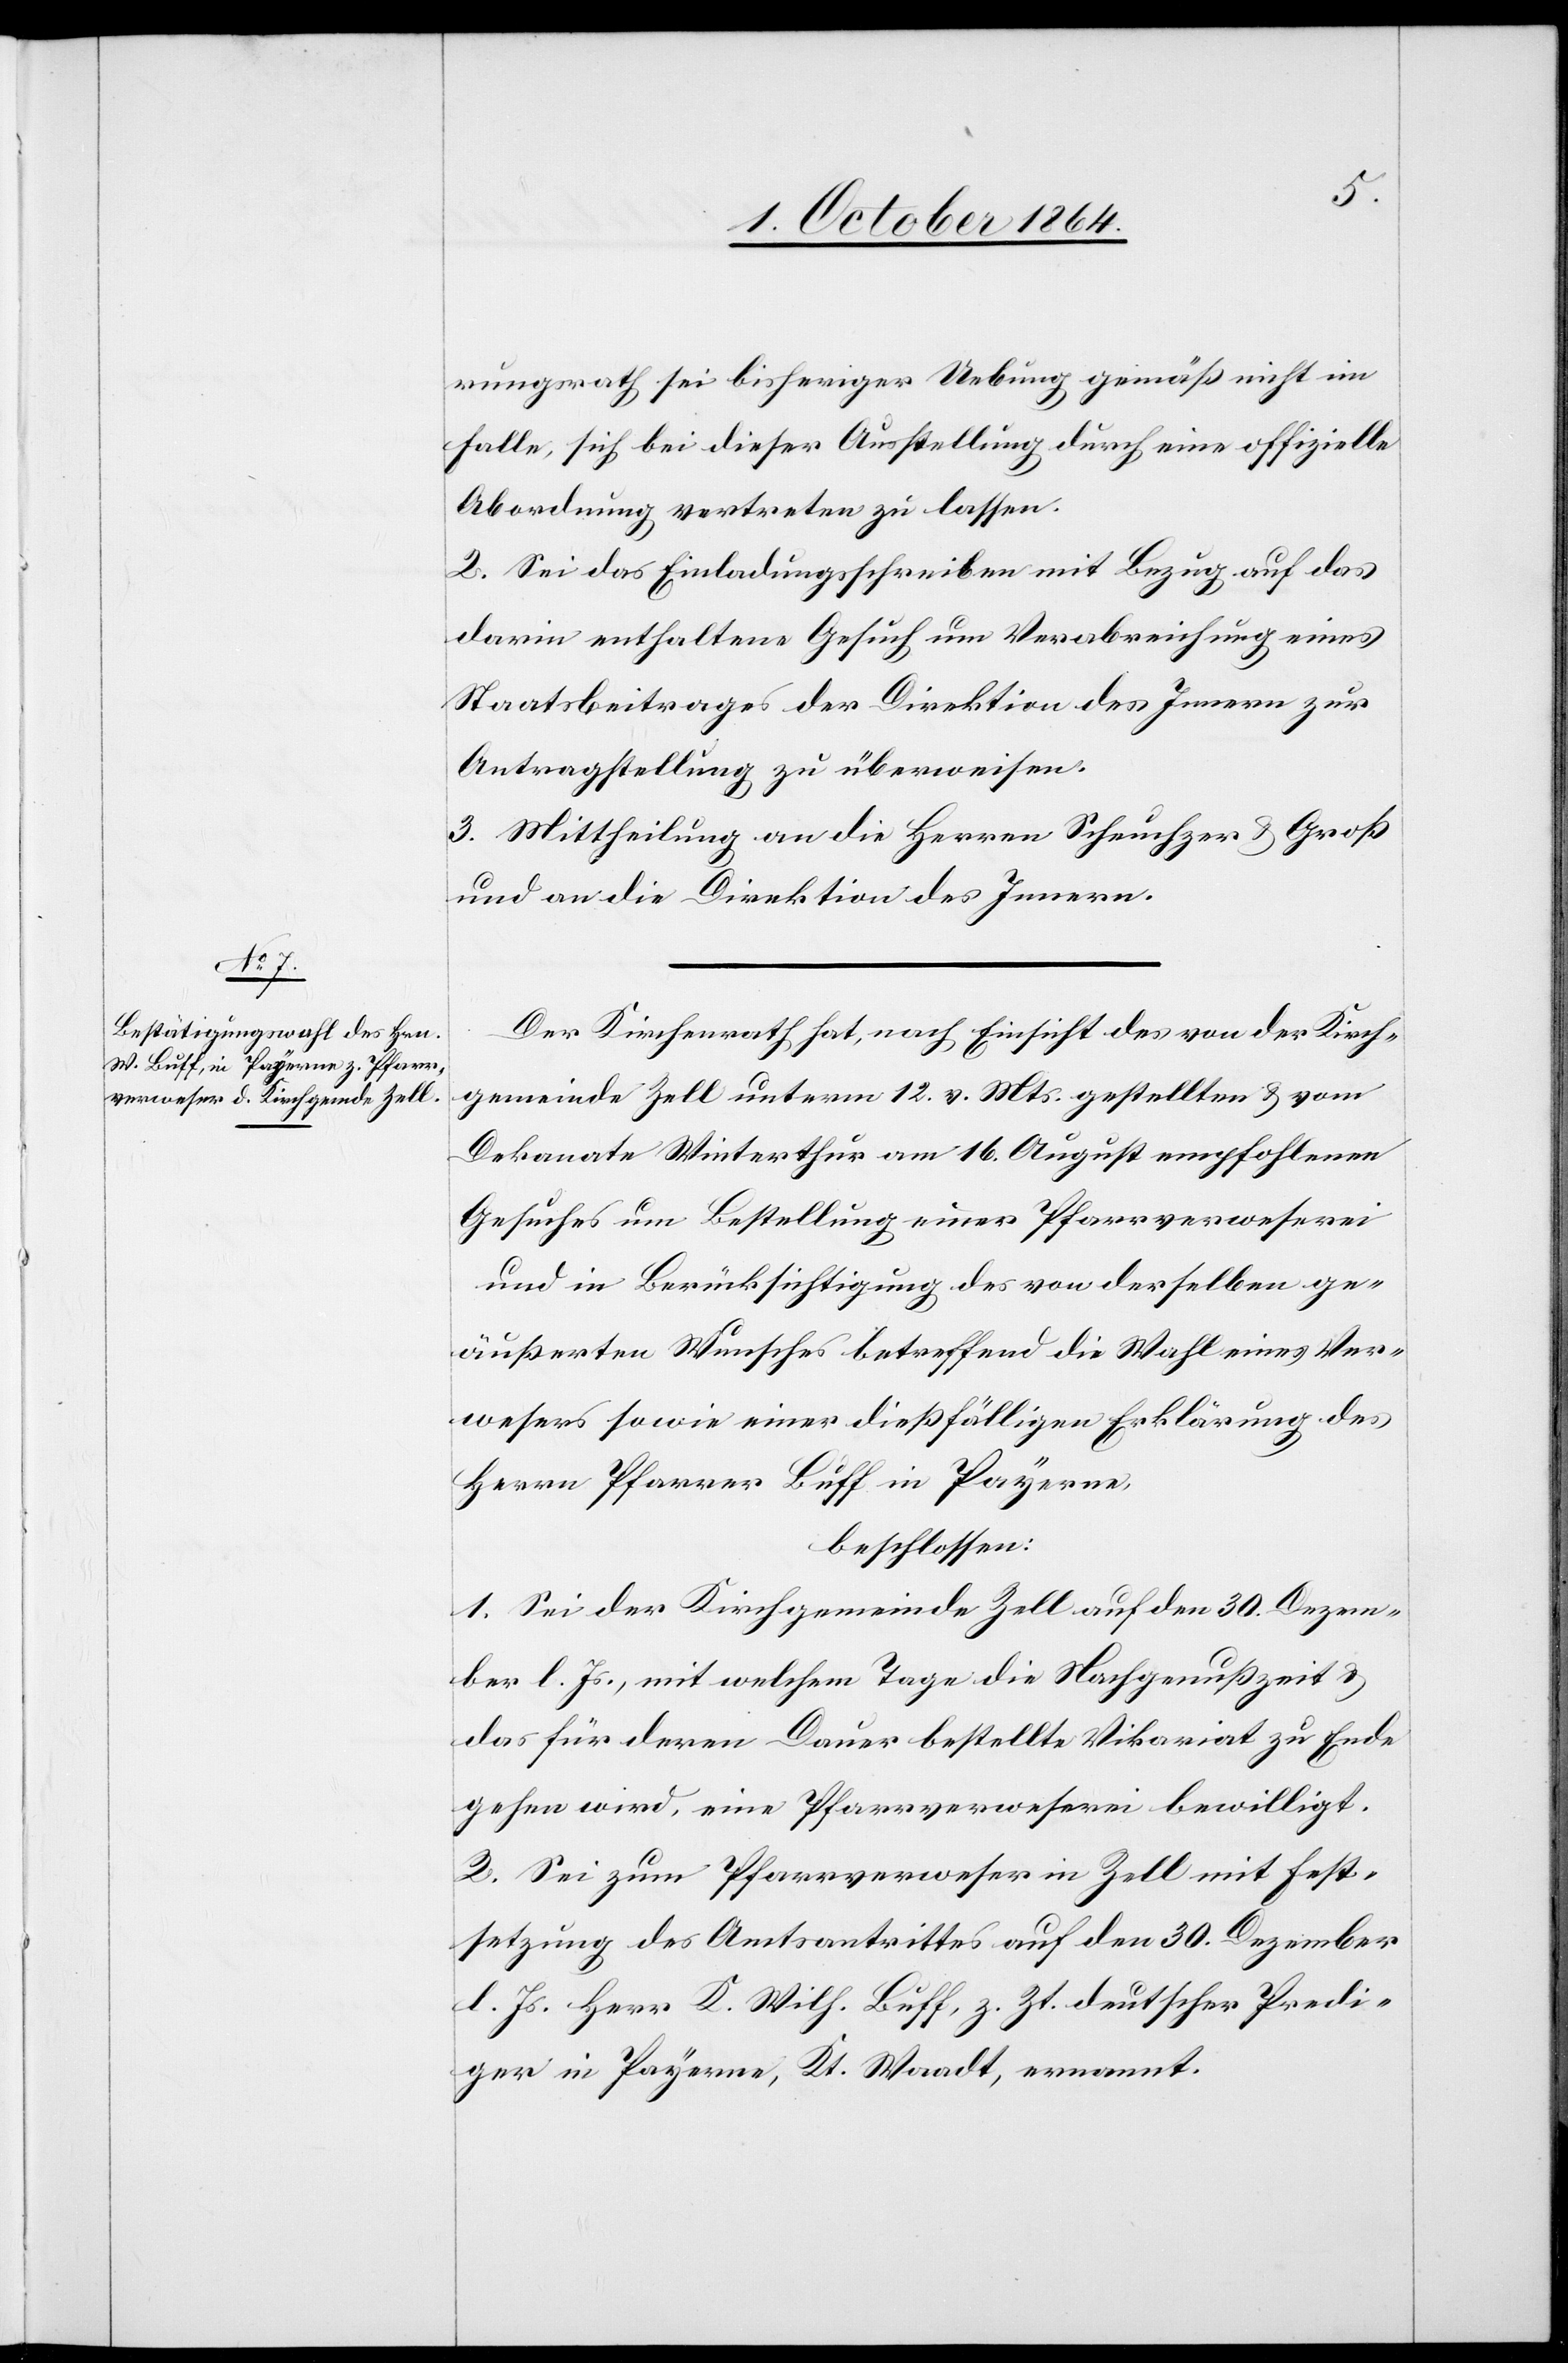
rungsrath sei bisheriger Uebung gemäß nicht im
Falle, sich bei dieser Ausstellung durch eine offizielle
Abordnung vertreten zu lassen.
2. Sei das Einladungsschreiben mit Bezug auf das
darin enthaltene Gesuch um Verabreichung eines
Staatsbeitrages der Direktion des Innern zur
Antragstellung zu überweisen.
3. Mittheilung an die Herren Scheuchzer & Groß
und an die Direktion des Innern.
Der Kirchenrath hat, nach Einsicht des von der Kirch¬
gemeinde Zell unterm 21. v. Mts. gestellten & vom
Dekanate Winterthur am 16. August empfohlenen
Gesuches um Bestellung einer Pfarrverweserei
und in Berücksichtigung des von derselben ge¬
äußerten Wunsches betreffend die Wahl eines Ver¬
wesers sowie einer dießfälligen Erklärung des
Herrn Pfarrer Buff in Payerne,
beschlossen:
1. Sei der Kirchgemeinde Zell auf den 30. Dezem¬
ber l. Js., mit welchem Tage die Nachgenußzeit &
das für deren Dauer bestellte Vikariat zu Ende
gehen wird, eine Pfarrverweserei bewilligt.
2. Sei zum Pfarrverweser in Zell mit Fest¬
setzung des Amtsantrittes auf den 30. Dezember
l. Js. Herr K. Wilh. Buff, z. Zt. deutscher Predi¬
ger in Payerne, Kt. Waadt, ernannt.